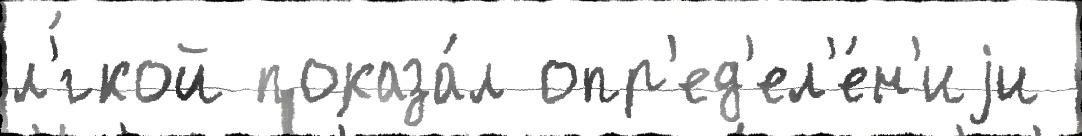
л'́гкой показа́л опр'ед'ел'е́н'иjи